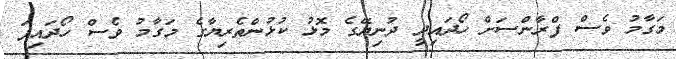
މަގާމު ވެސް ފްރާންސަށް ހޯދައިދީ ދުނިޔޭގެ މޮޅު ކުޅުންތެރިޔާގެ މަގާމު ވެސް ހޯދައިފަ